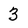
Character: 3